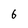
Character: 6